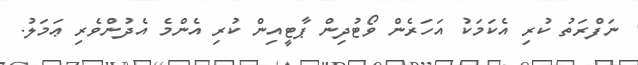
ނަފްރަތު ކުރި އެކަމަކު އަހަރެން ވޯޓުދިން ޕާޓީއިން ކުރި އެންމެ އެދުންވެރި ޢަމަލު.